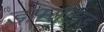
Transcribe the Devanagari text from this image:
डार्म्सटाड